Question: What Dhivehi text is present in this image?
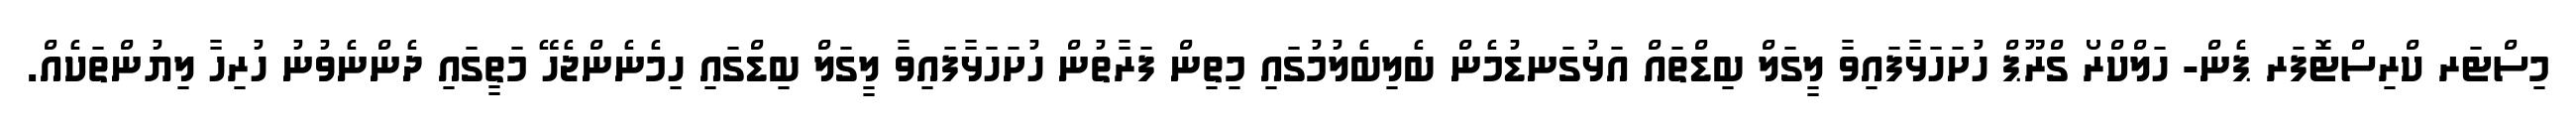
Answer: މިސްޓަރ ކްރިސްޓޮފަރ ޕެން- ހަލްކްރޯ ގްރޫޕް ހުށަހަޅާފައިވާ ލީގަލް ބިޑްތައް އަޅުގަނޑުމެން ބެލިބެލުމުގައި މިތިން ފަރާތުން ހުށަހަޅާފައިވާ ލީގަލް ބިޑްގައި ހިމެނެންޖެހޭ މަތީގައި ދެންނެވުނު ހުރިހާ ލިޔުންތަކެއް.